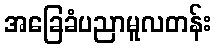
အခြေခံပညာမူလတန်း